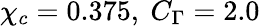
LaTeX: \chi_{c}=0.375,~C_{\Gamma}=2.0